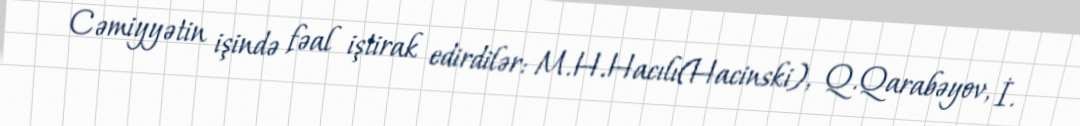
Cəmiyyətin işində fəal iştirak edirdilər: M.H.Hacılı(Hacinski), Q.Qarabəyov, İ.